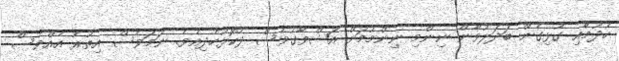
ހެދުމާއި ގުޅިގެން ބަދަލުވާން ނިންމި ނިންމުމަށް އަޝްވާގުވެސް ދެކޮޅުހެދިއެވެ. ނަމަވެސް އިތުރު އެއްވެސް